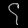
Digit: ၄